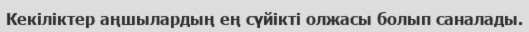
Кекіліктер аңшылардың ең сүйікті олжасы болып саналады.